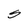
Character: S